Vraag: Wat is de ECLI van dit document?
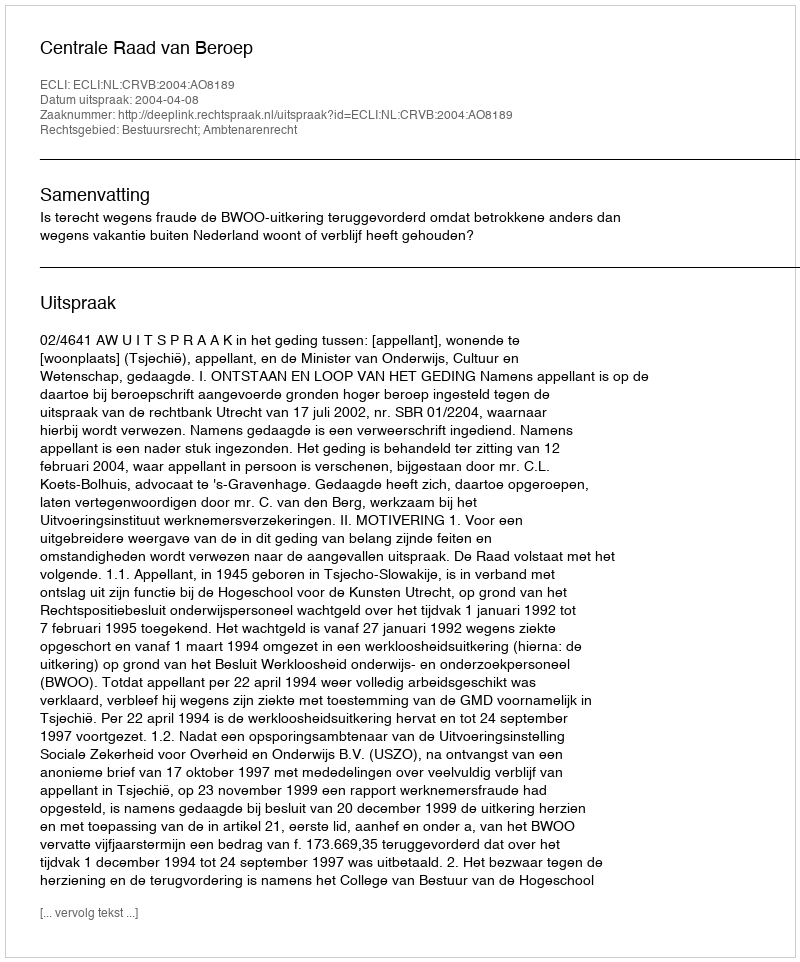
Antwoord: ECLI:NL:CRVB:2004:AO8189